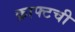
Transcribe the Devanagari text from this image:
क्राफ्टची